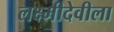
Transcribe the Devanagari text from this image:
लक्ष्मीदेवीला